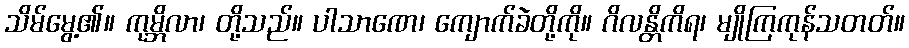
သိမ်မွေ့၏။ ကုမ္ဘိလာ၊ တို့သည်။ ပါသာဏေ၊ ကျောက်ခဲတို့ကို။ ဂိလန္တိကိရ၊ မျိုကြကုန်သတတ်။